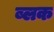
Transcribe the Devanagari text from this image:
ब्लक